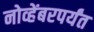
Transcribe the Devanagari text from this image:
नोव्हेंबरपर्यंत